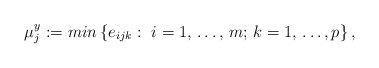
\begin{align*}\mu_{j}^{y}:=min\left\{e_{ijk}: \thinspace \thinspace i=1,\thinspace \mathellipsis ,\thinspace m;\thinspace k=1,\thinspace \mathellipsis ,p \right\},\end{align*}